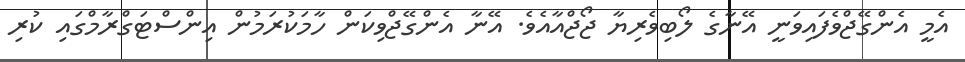
އެމީ އެންގޭޖްވެފައިވަނީ އޭނާގެ ލޯބިވެރިޔާ ޖޯޖްއާއެވެ. އޭނާ އެންގޭޖްވިކަން ހާމަކުރަމުން އިންސްޓަގްރާމްގައި ކުރި